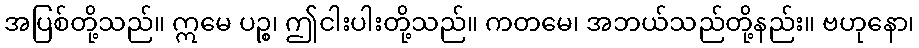
အပြစ်တို့သည်။ ဣမေ ပဉ္စ၊ ဤငါးပါးတို့သည်။ ကတမေ၊ အဘယ်သည်တို့နည်း။ ဗဟုနော၊